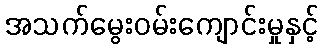
အသက်မွေးဝမ်းကျောင်းမှုနှင့်